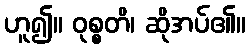
ဟူ၍။ ဝုစ္စတိ၊ ဆိုအပ်၏။